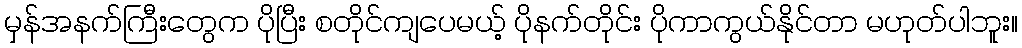
မှန်အနက်ကြီးတွေက ပိုပြီး စတိုင်ကျပေမယ့် ပိုနက်တိုင်း ပိုကာကွယ်နိုင်တာ မဟုတ်ပါဘူး။